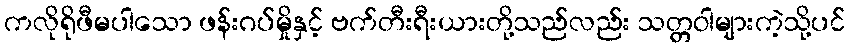
ကလိုရိုဖီမပါသော ဖန်းဂပ်မှိုနှင့် ဗက်တီးရီးယားတို့သည်လည်း သတ္တဝါများကဲ့သို့ပင်